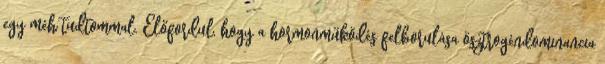
egy méh tudtommal. Előfordul, hogy a hormonműködés felborulása ösztrogéndominancia